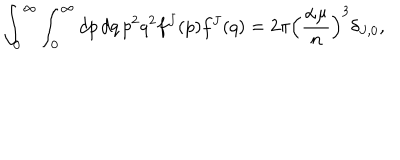
\int _ { 0 } ^ { \infty } \int _ { 0 } ^ { \infty } d p \, d q \, p ^ { 2 } q ^ { 2 } f ^ { J } ( p ) f ^ { J } ( q ) = 2 \pi \left( \frac { \alpha \mu } { n } \right) ^ { 3 } \delta _ { J , 0 } ,